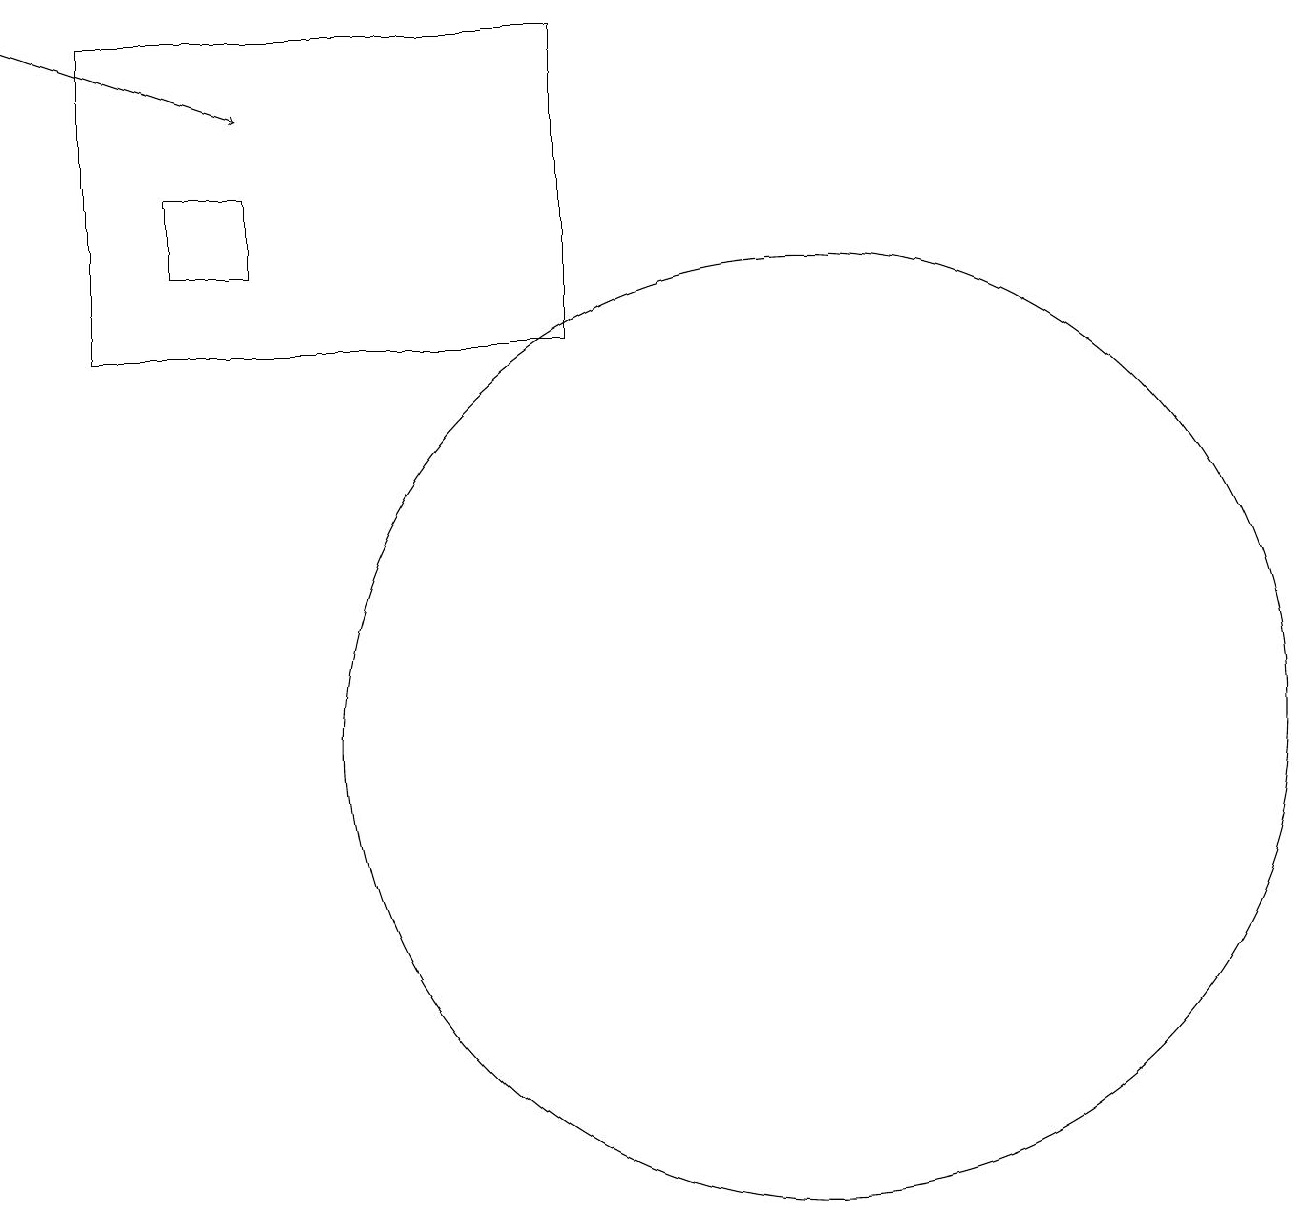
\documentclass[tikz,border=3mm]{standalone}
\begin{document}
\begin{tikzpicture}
\draw (1,15) rectangle (7,19);
\draw (10,10) circle (6);
\draw[->] (0,19) -- (3,18);
\draw (2,16) rectangle (3,17);
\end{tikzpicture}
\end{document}